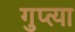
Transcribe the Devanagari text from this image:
गुप्‍त्या